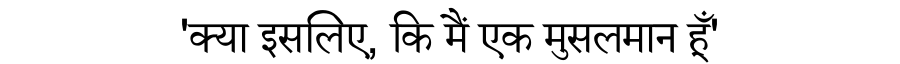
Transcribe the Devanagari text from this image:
'क्या इसलिए, कि मैं एक मुसलमान हूँ'